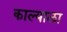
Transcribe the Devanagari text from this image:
काल्याला